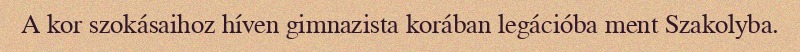
A kor szokásaihoz híven gimnazista korában legációba ment Szakolyba.